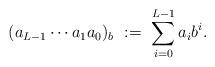
LaTeX: \begin{align*} (a_{L-1}\cdots a_1a_0)_b \ :=\ \sum^{L-1}_{i=0}a_ib^i. \end{align*}